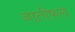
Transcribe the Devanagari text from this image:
जातीफल